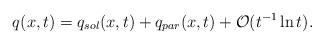
LaTeX: \begin{align*}q(x,t)=q_{sol}(x,t)+q_{par}(x,t)+\mathcal{O}(t^{-1}\ln t).\end{align*}